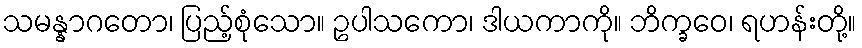
သမန္နာဂတော၊ ပြည့်စုံသော။ ဥပါသကော၊ ဒါယကာကို။ ဘိက္ခဝေ၊ ရဟန်းတို့။